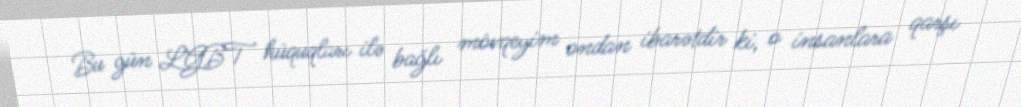
Bu gün LGBT hüquqları ilə bağlı mövqeyim ondan ibarətdir ki, o insanlara qarşı